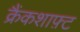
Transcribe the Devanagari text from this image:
क्रैंकशाफ़्ट